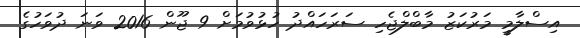
އިސްލާމީ މަރުކަޒު މާބްލްޖެހި ސަރަހައްދު ހުޅުވުމަށް 9 ޖޫން 2016 ވަނަ ދުވަހުގެ